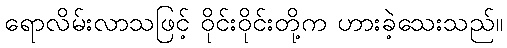
ရောလိမ်းလာသဖြင့် ဝိုင်းဝိုင်းတို့က ဟားခဲ့သေးသည်။